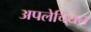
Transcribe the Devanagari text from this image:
अपलेचियन